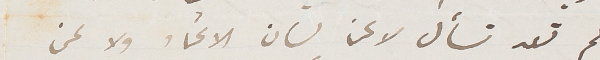
لم تعد تسأل لا عن لسان الاتحاد ولا عن